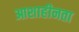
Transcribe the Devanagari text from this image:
आशाहीनता